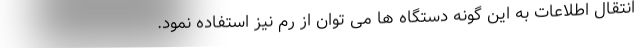
انتقال اطلاعات به این گونه دستگاه ها می توان از رم نیز استفاده نمود.